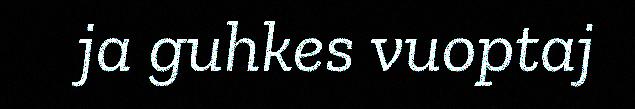
ja guhkes vuoptaj